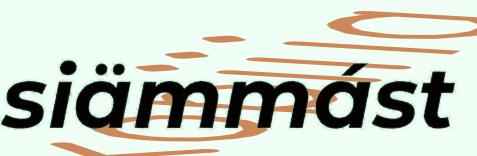
siämmást